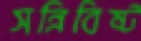
সন্নিবিষ্ট